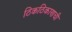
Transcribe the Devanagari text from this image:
ठिकठिकाणची